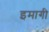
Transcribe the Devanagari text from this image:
इमागी